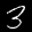
Label: 3